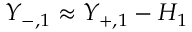
Y _ { - , 1 } \approx Y _ { + , 1 } - H _ { 1 }